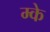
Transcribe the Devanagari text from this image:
म्के